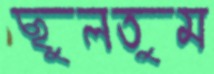
ছুলতুম